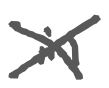
Text: in
Cross-out: cross
Writing tool: digital_gray